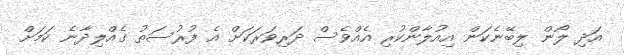
އަދި ލޯން ލިބޭނެކަން އިއުލާންކުރި އެއްވެސް ދަރިވަރަކަށް އެ ފުރުސަތު ގެއްލިދާނެ ކަމަށް